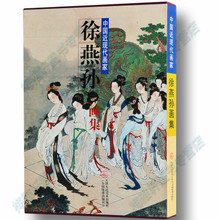
又说今夕天津，西畔重欢遇。